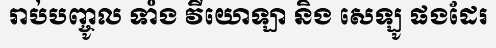
រាប់បញ្ចូល ទាំង វីយោឡា និង សេឡូ ផងដែរ